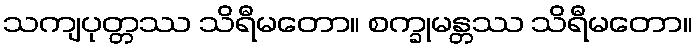
သကျပုတ္တဿ သိရီမတော။ စက္ခုမန္တဿ သိရီမတော။